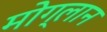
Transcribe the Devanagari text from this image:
मोग्लान